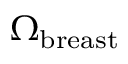
\Omega _ { \mathrm { b r e a s t } }